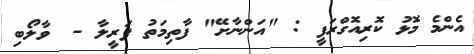
އެންމެ މޮޅު ކޮރިއޮގްރަފީ : "އަންނާށޭ" ފާތިމަތު ފަރީލާ -  ވާލޯބި